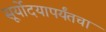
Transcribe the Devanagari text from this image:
सूर्योदयापर्यंतचा